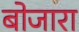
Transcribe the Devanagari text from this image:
बोजारा